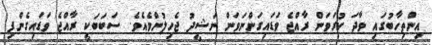
އިންތިހާބުގައި ވާދަ ކުރަވަން ރާއްޖެ ވަޑައިގަންނަވަން ނަޝީދު ޖެހިލުންވެއެވެ. ސަބަބަކީ ރާއްޖެ ވަޑައިގެންފި